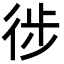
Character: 徏